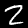
Label: 2